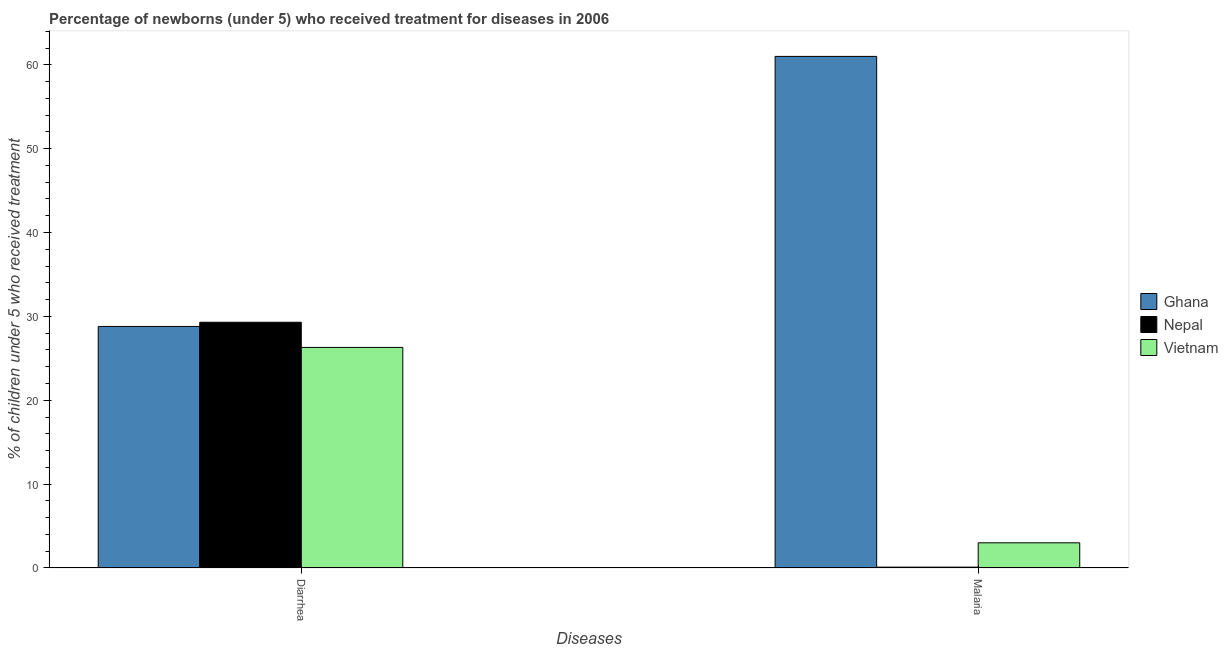
| Diseases | Ghana | Nepal | Vietnam |
 | --- | --- | --- | --- |
 | Diarrhea | 28.8 | 29.3 | 26.3 |
 | Malaria | 61 | 0.1 | 3 |